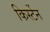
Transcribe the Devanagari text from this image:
किर्स्टेन